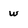
Character: W